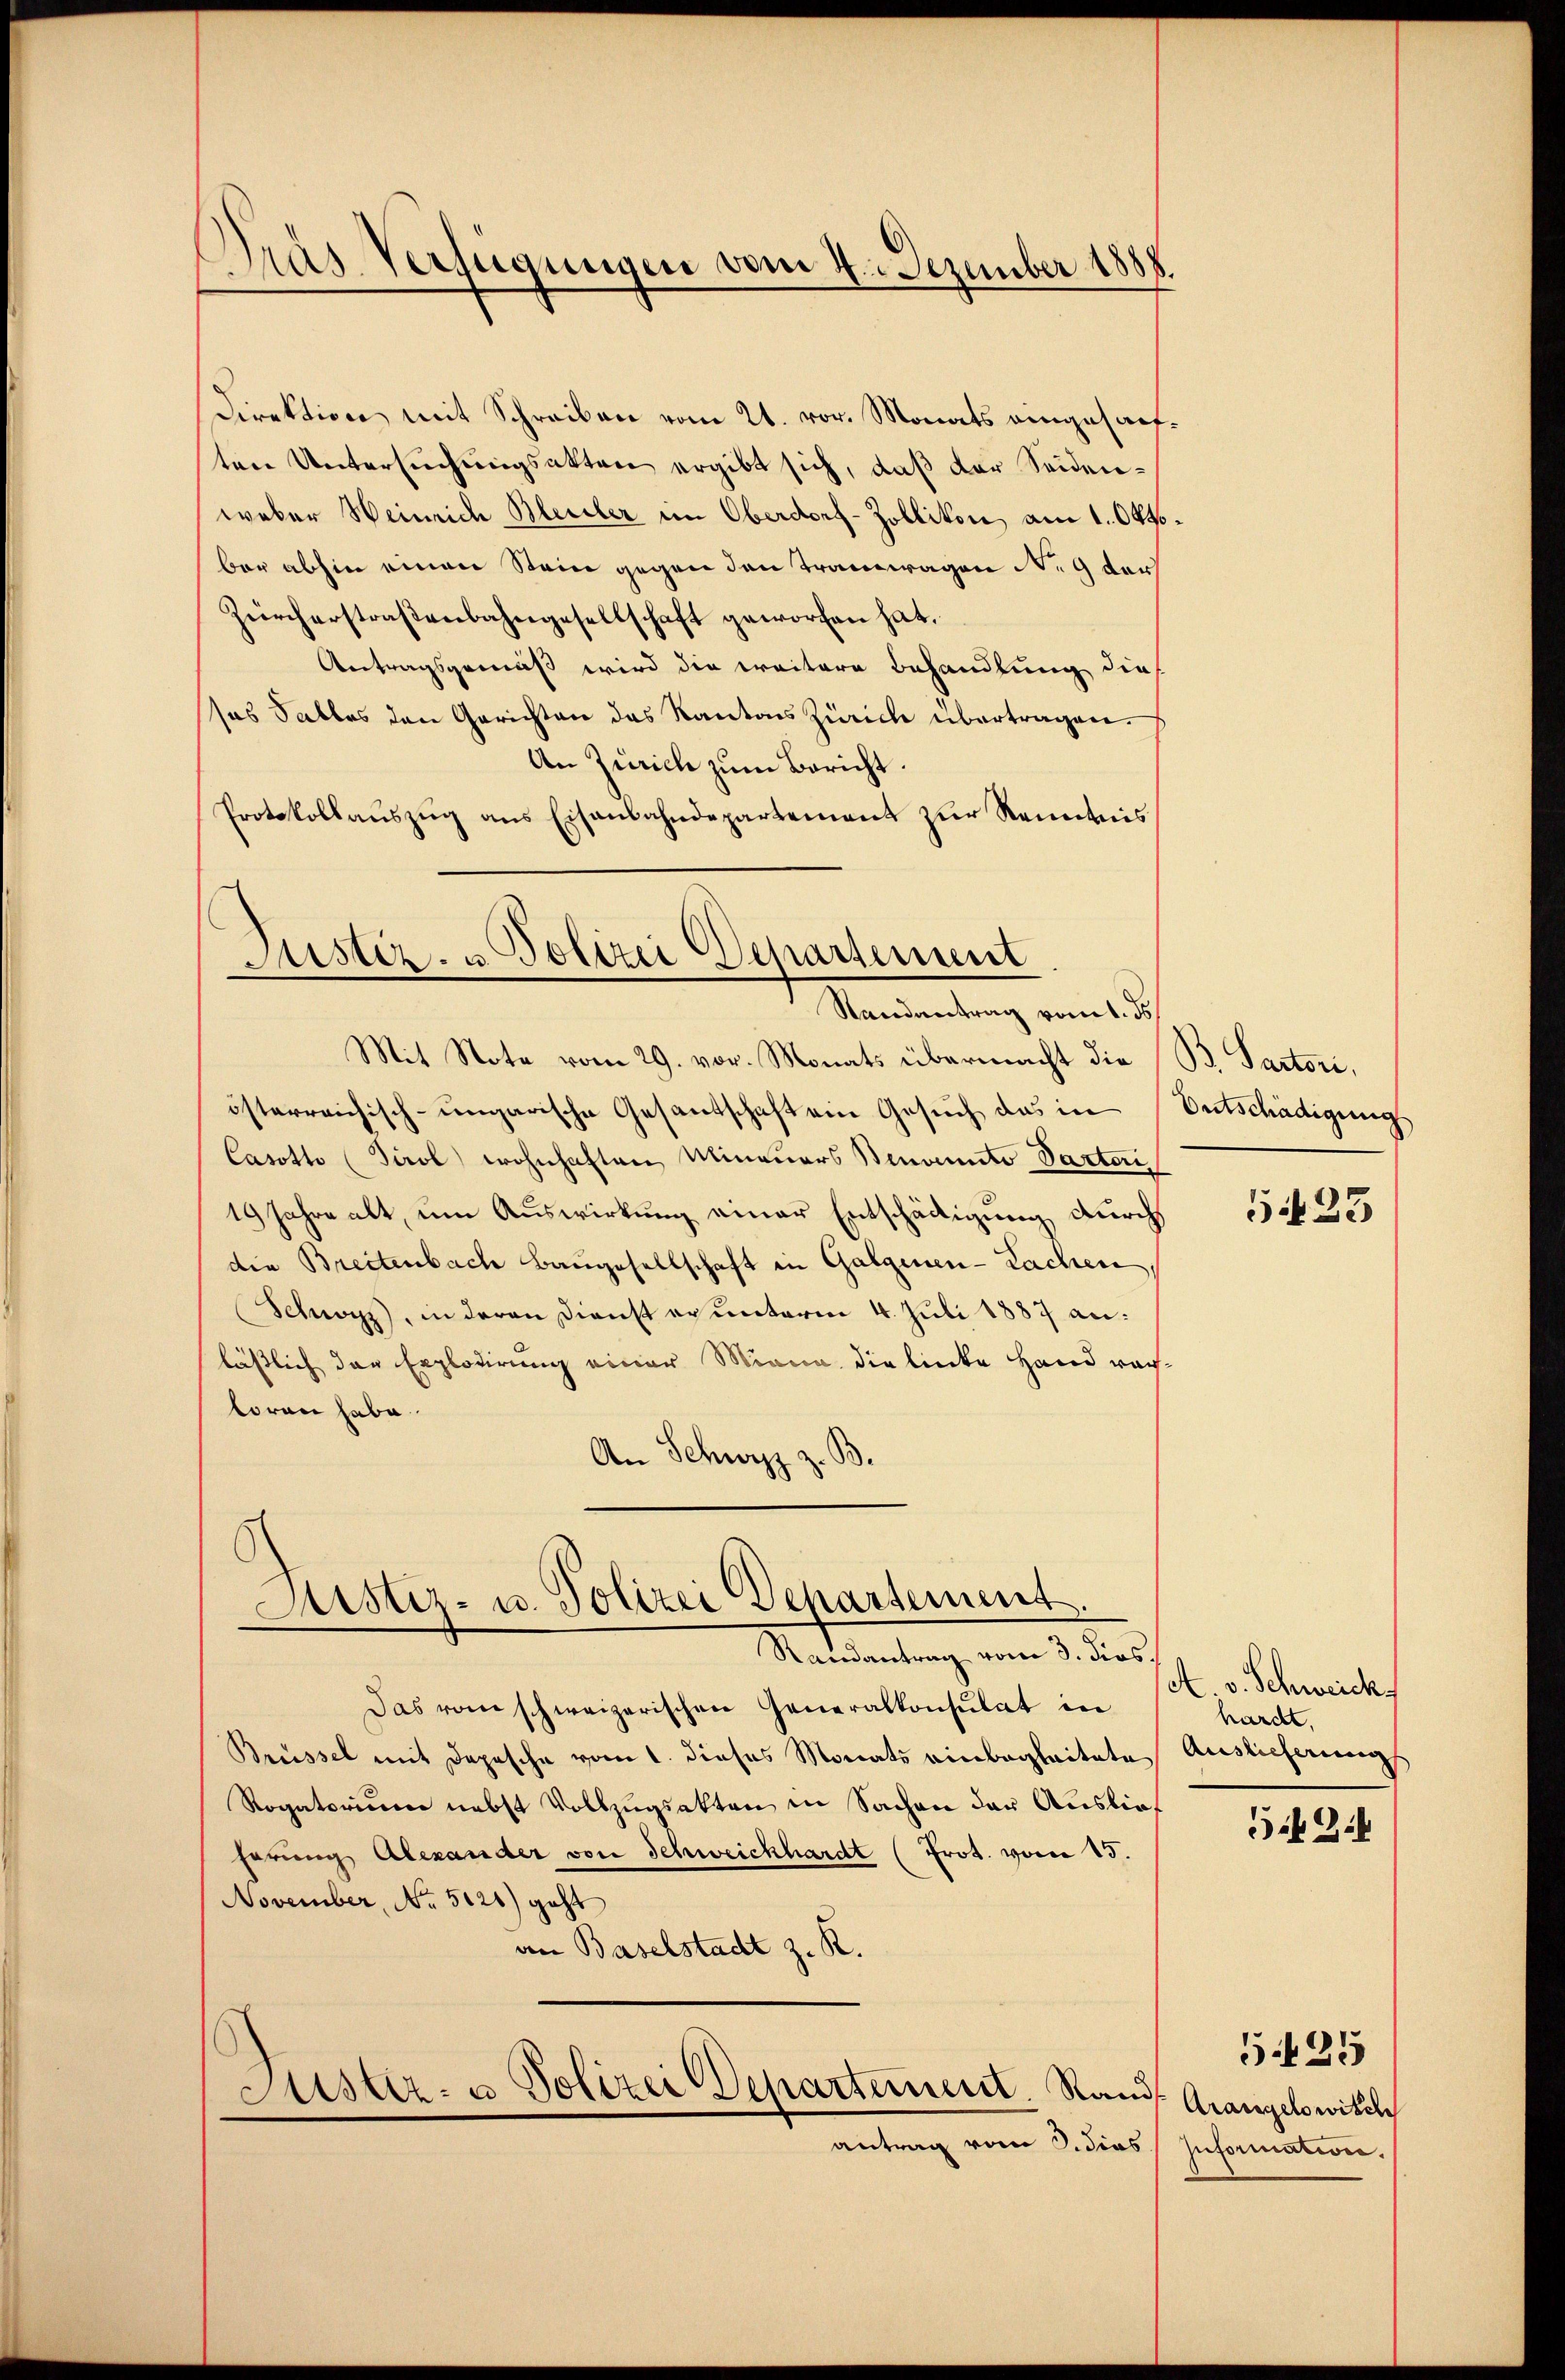
Dras Verfügungen vom 2. Dezember 1888.

Direktion mit Schreiben vom 21. vor. Monats eingesanften Untersuchungsakten ergibt sich, daß der Seidenweber Heinrich Bleidler im Oberdorf-Zollikon, am 1. Oktober abhin einen Stein gegen den Tramwagen N. 9 dar
Zürcherstraβenbahngesellschaft geworfen hat.
Antragsgemäß wird die weitere Behandlung dies
sas Salles den Gerichten das Kantons Zürich übertragen.
An Zürich zum Bericht.
Protokollaŭszŭg ans Eisenbahndepartement zur Renntnis

Aister- u. Polizei Departement
Randantrag vom 1. ds

Astiz- u. Polizei Departement
Randantrag vom 3. dies

Mit Note vom 29. vor. Monats übermacht die B. Factori,
österreichisch-ungarische Gesandschaft ein Gesuch das in Entschädigung
Casotto (Tirol wohnhaften Minauers Benvenito Parteri
19 Jahre alt, um Auswirkung einer Entschädigung durch
die Breitenbach Baugesellschaft in Galgenen-Lachen,
Schwyz, in deren Dienst er unterm 4. Juli 1887 an:
lässlich der Explodirung einer Miana die linke Hand rach-
toren habe.
An Schwyz z. B.

Das vom schweizerischen Generalkonsulat in
Brüssel mit Depesche vom 1. dieses Monats einbegleitete
Rogatorium nebst Vollzŭgsakten in Sachen der Auslief
hörung Alexander von Schweickhardt (Prot. vom 15.
November, No 5121) geht
an Baselstadt z. R.
Justiz- u Polizei Departement. Stand

antrag vom 3. dies

5423

A. v. Schweick
hardt.
Auslieferung

5 Zif

Arangelswitte
Information.

525